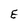
Character: E